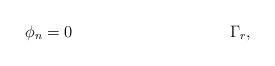
LaTeX: \begin{align*} \phi_n &= 0 &\Gamma_r,\end{align*}